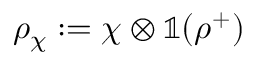
\rho _ { \chi } : = \chi \otimes \mathbb { 1 } ( \rho ^ { + } )